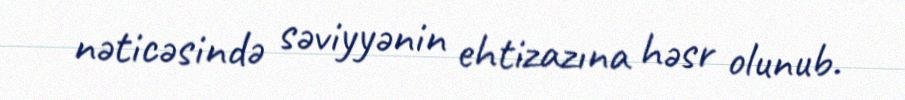
nəticəsində səviyyənin ehtizazına həsr olunub.